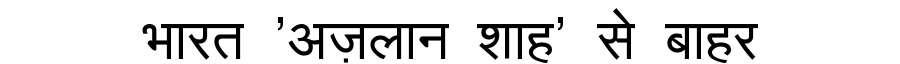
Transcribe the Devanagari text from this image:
भारत 'अज़लान शाह' से बाहर